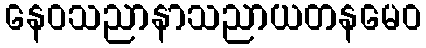
နေဝသညာနာသညာယတနမေဝ